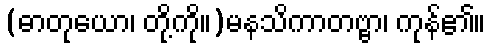
(ဓာတုယော၊ တို့ကို။)မနသိကာတဗ္ဗာ၊ ကုန်၏။